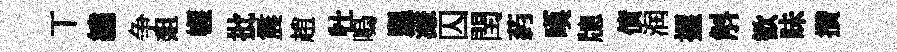
丅繡争爼幄批震趙牡嗚颿濓囚閏葯嘆牕債润握斛歓昧攢